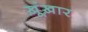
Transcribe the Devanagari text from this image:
ख़ूंख़ार